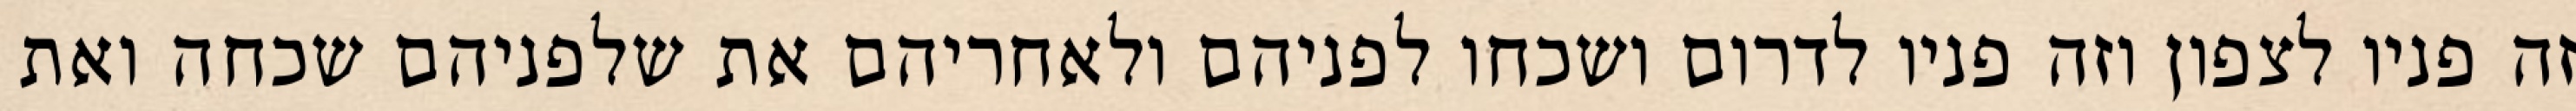
זה פניו לצפון וזה פניו לדרום ושכחו לפניהם ולאחריהם את שלפניהם שכחה ואת